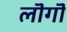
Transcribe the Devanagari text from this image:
लॊगॊ